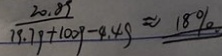
\frac { 2 0 . 8 9 } { 7 8 . 7 9 + 1 0 0 9 } - 4 . 4 9 \approx 1 8 \%